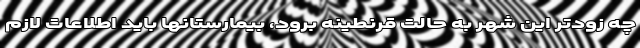
چه زودتر این شهر به حالت قرنطینه برود، بیمارستانها باید اطلاعات لازم